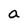
Character: a